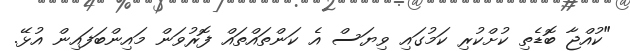
"ކުއްޖާ ބޮޑެތި ކުށްކުރި ކަމުގައި ވިޔަސް އެ ކަންތައްތައް ފޮރުވަން މައިންބަފައިން އުޅޭ.